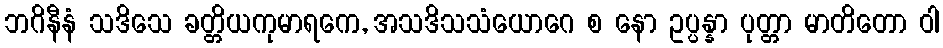
ဘဂိနီနံ သဒိသေ ခတ္တိယကုမာရကေ, အသဒိသသံယောဂေ စ နော ဥပ္ပန္နာ ပုတ္တာ မာတိတော ဝါ